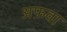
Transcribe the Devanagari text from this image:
अफ़वा